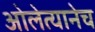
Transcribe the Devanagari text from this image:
ओलेत्यानेच